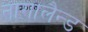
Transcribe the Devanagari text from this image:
नागालैन्ड